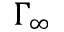
\Gamma _ { \infty }